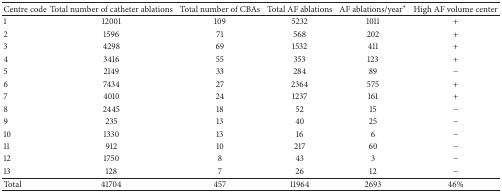
<table><thead><tr><td><b>Centre code</b></td><td><b>Total number of catheter ablations</b></td><td><b>Total number of CBAs</b></td><td><b>Total AF ablations</b></td><td><b>AF ablations/year<sup><i>∗</i></sup></b></td><td><b>High AF volume center</b></td></tr></thead><tbody><tr><td>1</td><td>12001</td><td>109</td><td>5232</td><td>1011</td><td>+</td></tr><tr><td>2</td><td>1596</td><td>71</td><td>568</td><td>202</td><td>+</td></tr><tr><td>3</td><td>4298</td><td>69</td><td>1532</td><td>411</td><td>+</td></tr><tr><td>4</td><td>3416</td><td>55</td><td>353</td><td>123</td><td>+</td></tr><tr><td>5</td><td>2149</td><td>33</td><td>284</td><td>89</td><td>−</td></tr><tr><td>6</td><td>7434</td><td>27</td><td>2364</td><td>575</td><td>+</td></tr><tr><td>7</td><td>4010</td><td>24</td><td>1237</td><td>161</td><td>+</td></tr><tr><td>8</td><td>2445</td><td>18</td><td>52</td><td>15</td><td>−</td></tr><tr><td>9</td><td>235</td><td>13</td><td>40</td><td>25</td><td>−</td></tr><tr><td>10</td><td>1330</td><td>13</td><td>16</td><td>6</td><td>−</td></tr><tr><td>11</td><td>912</td><td>10</td><td>217</td><td>60</td><td>−</td></tr><tr><td>12</td><td>1750</td><td>8</td><td>43</td><td>3</td><td>−</td></tr><tr><td>13</td><td>128</td><td>7</td><td>26</td><td>12</td><td>−</td></tr><tr><td>Total</td><td>41704</td><td>457</td><td>11964</td><td>2693</td><td>46%</td></tr></tbody></table>